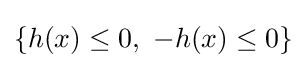
\{h(x)\leq 0,\ -h(x)\leq 0\}